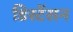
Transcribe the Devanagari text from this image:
डिस्टेंसन